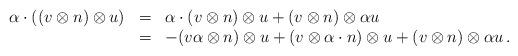
LaTeX: \begin{align*} \begin{array}{rcl} \alpha \cdot ((v \otimes n) \otimes u) & = & \alpha \cdot (v \otimes n) \otimes u + (v \otimes n) \otimes \alpha u \\ & = & -(v\alpha \otimes n )\otimes u + (v \otimes \alpha \cdot n) \otimes u + (v\otimes n) \otimes \alpha u\,. \end{array} \end{align*}